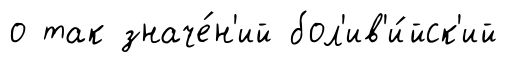
о так значе́н'ий бол'ив'и́йск'ий